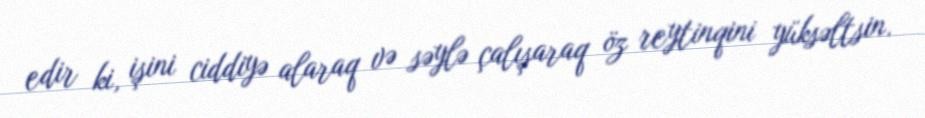
edir ki, işini ciddiyə alaraq və səylə çalışaraq öz reytinqini yüksəltsin.